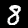
Label: 8